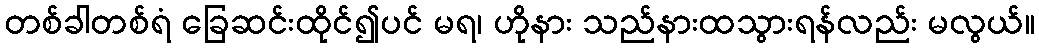
တစ်ခါတစ်ရံ ခြေဆင်းထိုင်၍ပင် မရ၊ ဟိုနား သည်နားထသွားရန်လည်း မလွယ်။